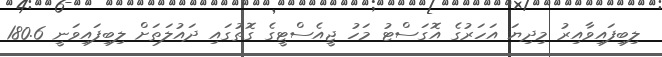
ލިބިފައިވާއިރު މިދިޔަ އަހަރުގެ އޮގަސްޓު މަހު ޖީއެސްޓީގެ ގޮތުގައި ދައުލަތަށް ލިބިފައިވަނީ 180.6